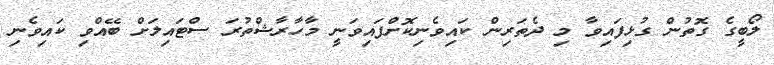
ލޯބީގެ ގޮތުން ގުޅިފައިވާ މި ދެތަރިން ކައިވެނިކޮށްފައިވަނީ މާހާރާޝްތުރަ ސްޓައިލަށް ބޭއްވި ކައިވެނި